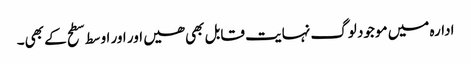
ادارہ میں موجود لوگ نہایت قابل بھی ھیں اور اور اوسط سطح کے بھی۔